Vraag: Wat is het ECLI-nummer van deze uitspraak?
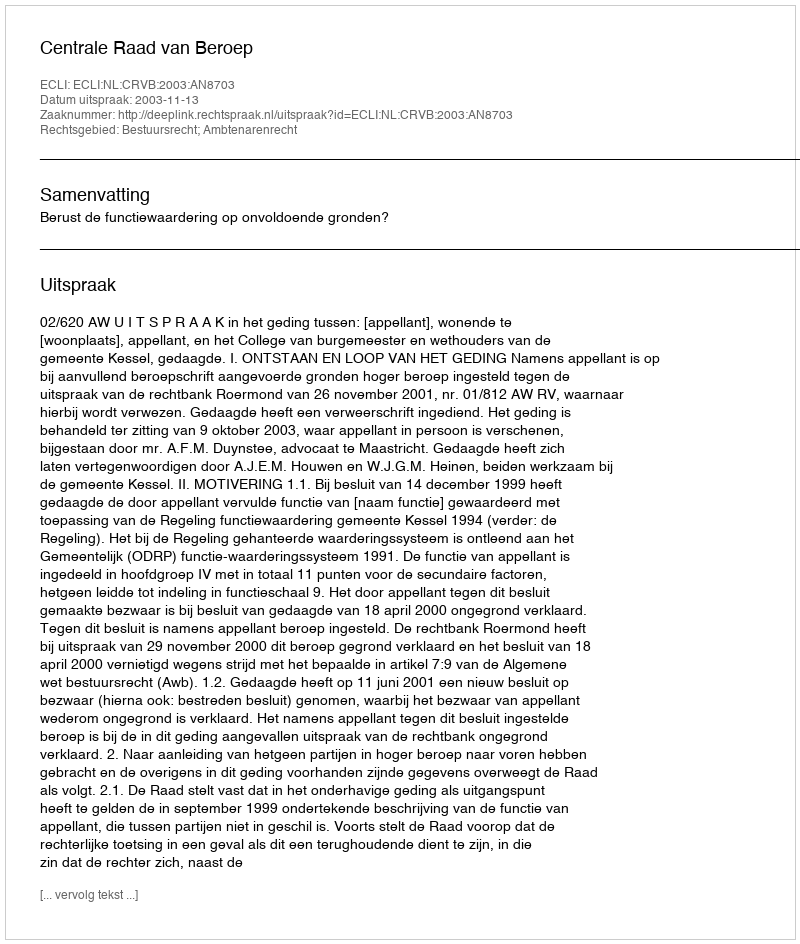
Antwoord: ECLI:NL:CRVB:2003:AN8703